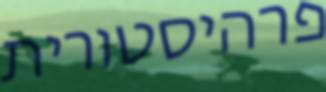
פרהיסטורית